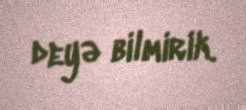
deyə bilmirik.